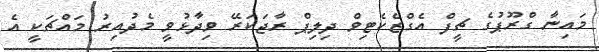
މައިނާ ގްރޫޕުގެ ޗީފް އެގްޒެކެޓިވް ދިލިޕް ރާޖަކަރޭ ވިދާޅުވީ މެދުއިރު މައްޗަކީ އެ